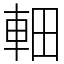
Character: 䡒